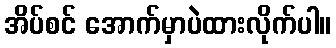
အိပ်စင် အောက်မှာပဲထားလိုက်ပါ။